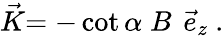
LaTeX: \stackrel{\rightarrow}{K}=-\cot\alpha\; B\, ~\stackrel{\rightarrow}{e}_{z}~.